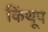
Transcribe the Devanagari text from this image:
किंथूप